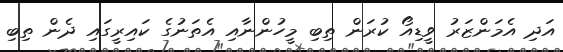
އަދި އެމަންޒަރު ވީޑިއޯ ކުރަން ތިބި މީހުންނާއި އެތަނުގެ ކައިރީގައި ދެން ތިބި